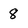
Character: 8